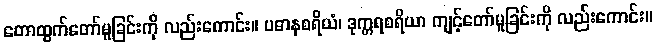
တောထွက်တော်မူခြင်းကို လည်းကောင်း။ ပဓာနစရိယံ၊ ဒုက္ကရစရိယာ ကျင့်တော်မူခြင်းကို လည်းကောင်း။